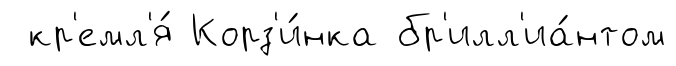
кр'емл'я́ Корз'и́нка бр'илл'иа́нтом